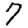
Digit: 7